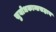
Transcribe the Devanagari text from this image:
सुबोधकान्तसहाय